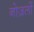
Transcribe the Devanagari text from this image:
नोज़लों